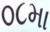
૦૮મા